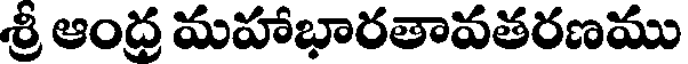
శ్రీ ఆంద్ర మహాభారతావతరణము